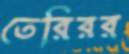
তেরিরর